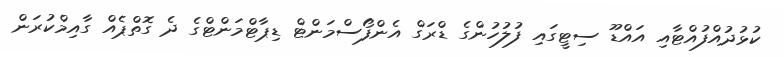
ކުޅުދުއްފުއްޓާއި އައްޑޫ ސިޓީގައި ފުލުުހުންގެ ޑްރަގް އެންފޯސްމަންޓް ޑިޕާޓްމަންޓްގެ ދެ ގޮތްޕެއް ގާއިމްކުރަން